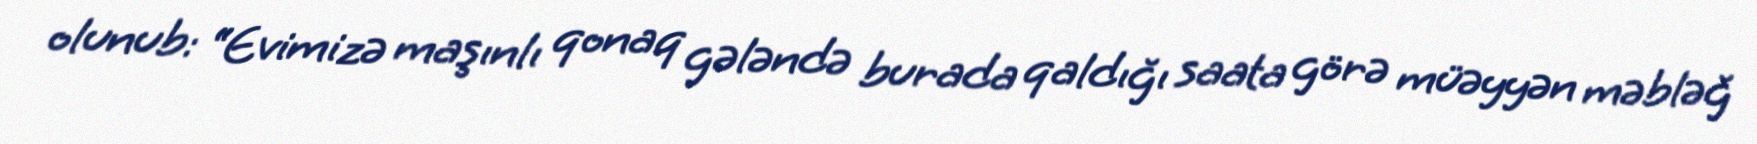
olunub: “Evimizə maşınlı qonaq gələndə burada qaldığı saata görə müəyyən məbləğ